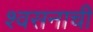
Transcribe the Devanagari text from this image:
श्वसनाची